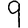
Digit: 9